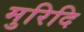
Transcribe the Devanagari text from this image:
मुरिदि